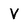
Character: V